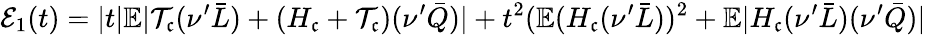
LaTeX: \mathcal{E}_{1}(t)=|t|\mathbb{E}|\mathcal{T}_{\mathfrak{c}}(\nu^{\prime}\bar{L})+(H_{\mathfrak{c}}+\mathcal{T}_{\mathfrak{c}})(\nu^{\prime}\bar{Q})|+t^{2}(\mathbb{E}(H_{\mathfrak{c}}(\nu^{\prime}\bar{L}))^{2}+\mathbb{E}|H_{\mathfrak{c}}(\nu^{\prime}\bar{L})(\nu^{\prime}\bar{Q})|